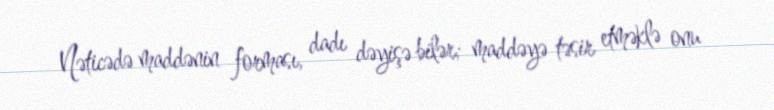
Nəticədə maddənin forması, dadı dəyişə bilər; maddəyə təsir etməklə onu